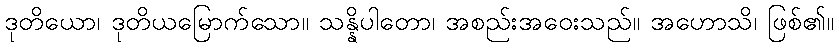
ဒုတိယော၊ ဒုတိယမြောက်သော။ သန္နိပါတော၊ အစည်းအဝေးသည်။ အဟောသိ၊ ဖြစ်၏။